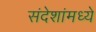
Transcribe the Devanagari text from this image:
संदेशांमध्ये